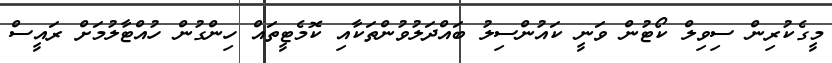
މީގެކުރިން ސިވިލް ކޯޓުން ވަނީ ކައުންސިލު ބައްދަލުވުންތަކާއި ކޮމެޓީތައް ހިންގުން ހުއްޓާލުމަށް ރައީސް